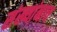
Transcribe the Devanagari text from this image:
संख्यांनाच